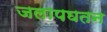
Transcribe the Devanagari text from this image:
जलापघतन